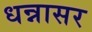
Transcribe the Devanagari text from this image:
धन्नासर